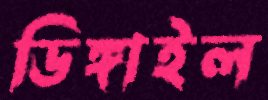
ডিঙ্গাইল